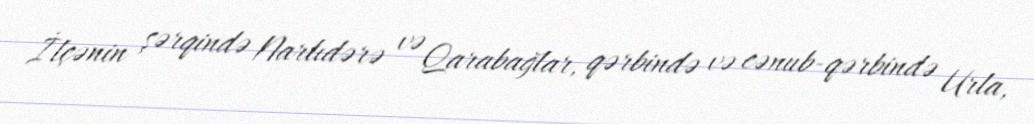
İlçənin şərqində Narlıdərə və Qarabağlar, qərbində və cənub-qərbində Urla,